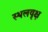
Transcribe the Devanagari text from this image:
स्थलवृक्ष